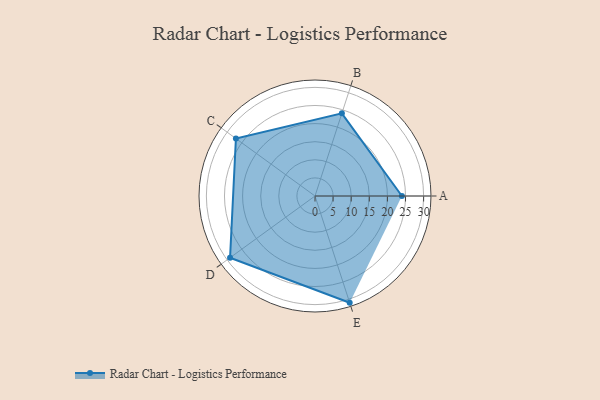
{"axis": {"x": "Skill", "y": "Score"}, "legend": ["Profile"], "data": [{"x": "A", "y": 24.0, "type": "Profile"}, {"x": "B", "y": 24.0, "type": "Profile"}, {"x": "C", "y": 27.0, "type": "Profile"}, {"x": "D", "y": 29.0, "type": "Profile"}, {"x": "E", "y": 31.0, "type": "Profile"}]}